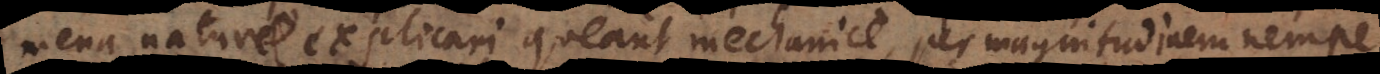
mena naturae explicari queant mechanice, per magnitudinem nempe,